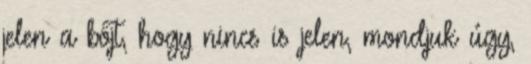
jelen a böjt, hogy nincs is jelen, mondjuk úgy,